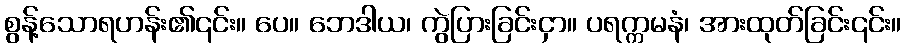
စွန့်သောရဟန်း၏၎င်း။ ပေ။ ဘေဒါယ၊ ကွဲပြားခြင်းငှာ။ ပရက္ကမနံ၊ အားထုတ်ခြင်း၎င်း။